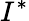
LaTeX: I^{*}